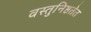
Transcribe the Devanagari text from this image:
वस्तुनिष्ठतेत